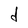
Character: d